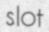
slot